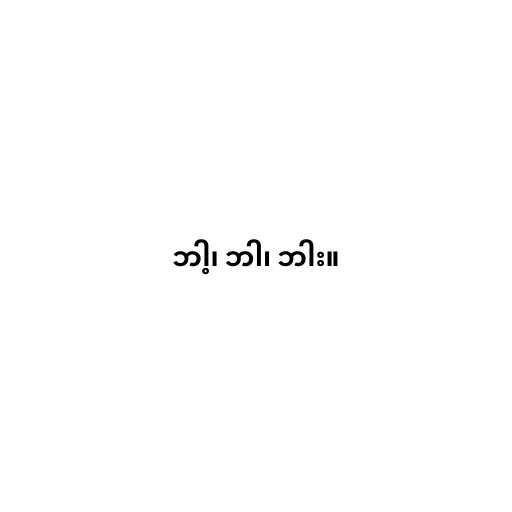
ဘါ့၊ ဘါ၊ ဘါး။